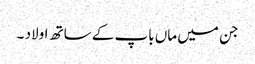
جن میں ماں باپ کے ساتھ اولاد ۔